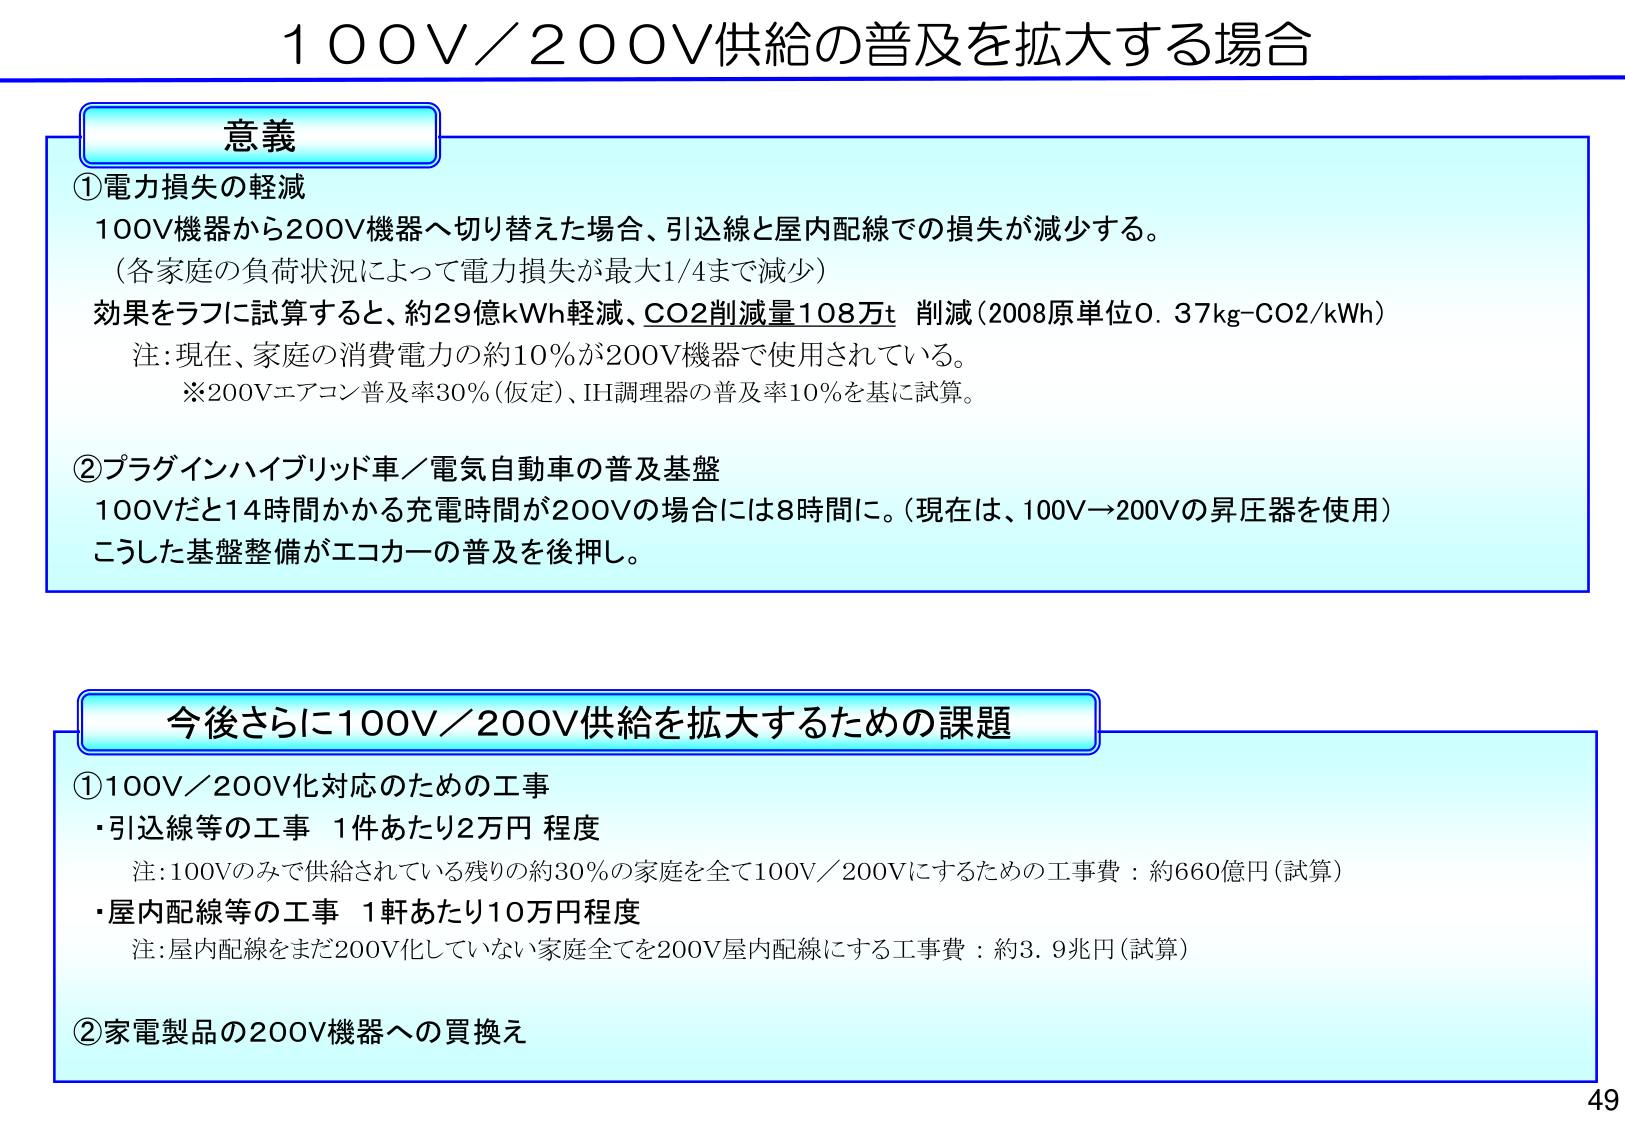
100V／200V供給の普及を拡大する場合

意義

①電力損失の軽減
100V機器から200V機器へ切り替えた場合、引込線と屋内配線での損失が減少する。
（各家庭の負荷状況によって電力損失が最大1/4まで減少）
効果をラフに試算すると、約29億kWh軽減、CO2削減量108万t 削減（2008原単位0.37kg-CO2/kWh）
注：現在、家庭の消費電力の約10％が200V機器で使用されている。
※200Vエアコン普及率30％（仮定）、IH調理器の普及率10％を基に試算。

②プラグインハイブリッド車／電気自動車の普及基盤
100Vだと14時間かかる充電時間が200Vの場合には8時間に。（現在は、100V→200Vの昇圧器を使用）
こうした基盤整備がエコカーの普及を後押し。

今後さらに100V／200V供給を拡大するための課題

①100V／200V化対応のための工事
・引込線等の工事 1件あたり2万円程度
注：100Vのみで供給されている残りの約30％の家庭を全て100V／200Vにするための工事費：約660億円（試算）
・屋内配線等の工事 1軒あたり10万円程度
注：屋内配線をまだ200V化していない家庭全てを200V屋内配線にする工事費：約3.9兆円（試算）

②家電製品の200V機器への買換え

49